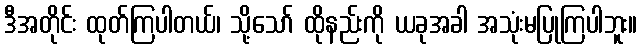
ဒီအတိုင်း ထုတ်ကြပါတယ်၊ သို့သော် ထိုနည်းကို ယခုအခါ အသုံးမပြုကြပါဘူး။